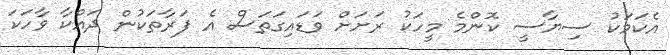
އެކަމަކު ސިޔާސީ ކޮންމެ މީހަކު ރަށަށް ވަޑައިގަތަސް އެ ފަރާތަކުން ދައްކާ ވާހަކަ